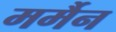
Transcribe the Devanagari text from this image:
मर्मैन